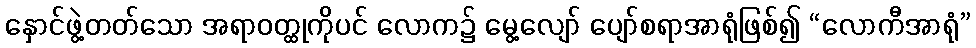
နှောင်ဖွဲ့တတ်သော အရာဝတ္ထုကိုပင် လောက၌ မွေ့လျော် ပျော်စရာအာရုံဖြစ်၍ “လောကီအာရုံ”